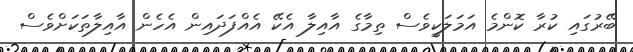
ބޭރުގައި ކުރާ ކޮންމެ އަމަލަކީވެސް ތިމާގެ އާއިލާ އެކޭ އެއްފަދައިން އެހެން އާއިލާތަކަށްވެސް